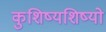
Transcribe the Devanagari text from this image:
कुशिष्यशिष्यो